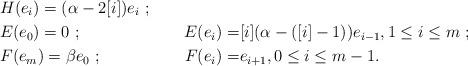
LaTeX: \begin{align*}&H(e_i)=(\alpha-2[i])e_i ~ ; \\&E(e_0)=0 ~ ; &E(e_i)=&[i](\alpha-([i]-1))e_{i-1}, 1 \leq i \leq m ~ ; \\&F(e_m)=\beta e_0 ~ ; &F(e_i)=&e_{i+1}, 0 \leq i \leq m-1.\end{align*}